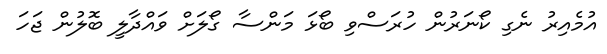
އުމެއިރު ނެގި ކޯނަރުން ހުރަސްވި ބޯޅަ މަންސާ ގޯލަށް ވައްދާލީ ބޮލުން ޖަހަ